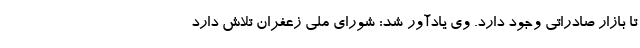
تا بازار صادراتی وجود دارد. وی یادآور شد: شورای ملی زعفران تلاش دارد